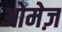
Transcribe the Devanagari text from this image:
ओमेज़